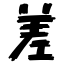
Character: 差